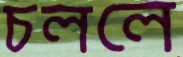
চললে